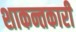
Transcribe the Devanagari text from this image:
शाकन्तकारी